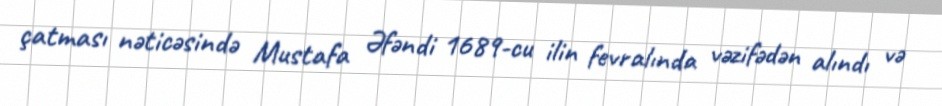
çatması nəticəsində Mustafa Əfəndi 1689-cu ilin fevralında vəzifədən alındı və